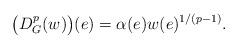
LaTeX: \begin{align*}\bigl(D_G^p(w)\bigr)(e) = \alpha(e)w(e)^{1/(p-1)}.\end{align*}